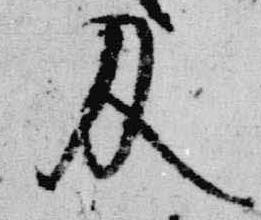
及